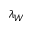
\lambda _ { W }